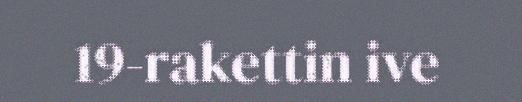
19-rakettin ive